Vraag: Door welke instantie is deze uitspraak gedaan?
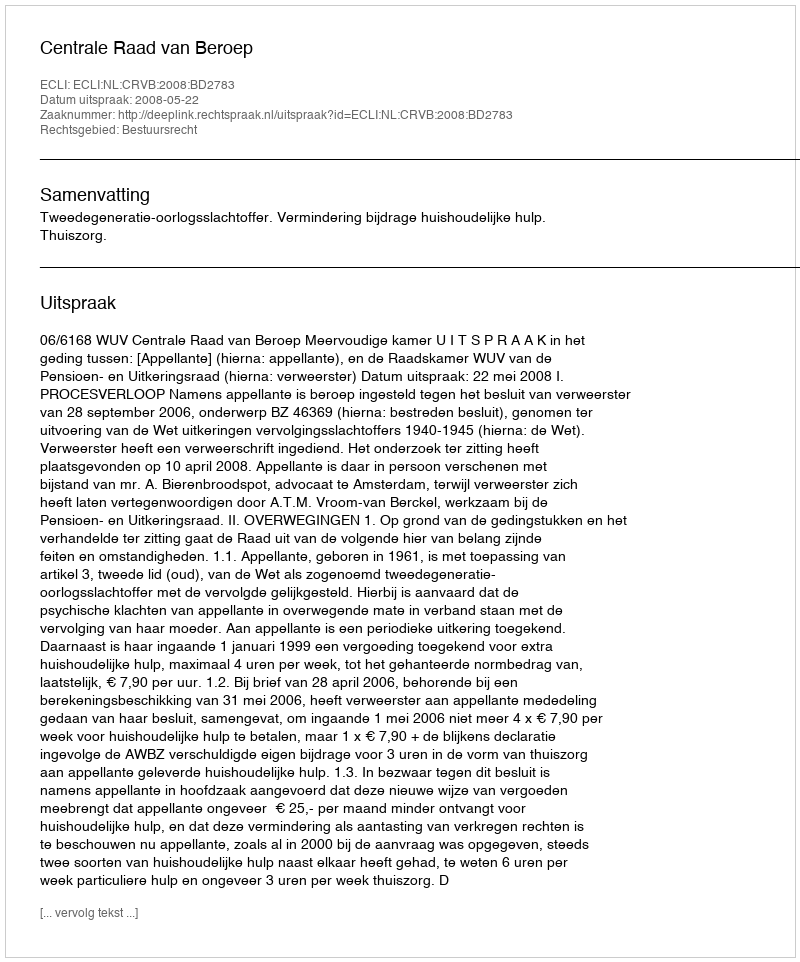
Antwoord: Centrale Raad van Beroep